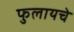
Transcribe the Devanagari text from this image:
फुलायचे